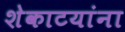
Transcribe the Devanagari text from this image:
शेकाटयांना